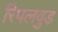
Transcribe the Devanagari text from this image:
रिपलवुड